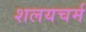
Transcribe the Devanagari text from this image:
शलयचर्म